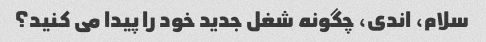
سلام، اندی، چگونه شغل جدید خود را پیدا می کنید؟